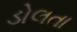
ડોલતા